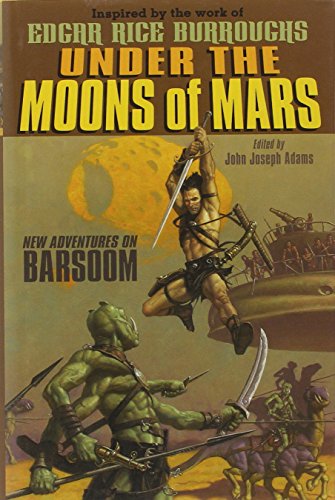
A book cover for Under the Moons of Mars: New Adventures on Barsoom; Peter S. Beagle; Teen & Young Adult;